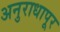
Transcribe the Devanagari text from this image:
अनुराधापूर